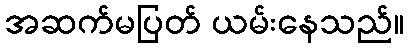
အဆက်မပြတ် ယမ်းနေသည်။